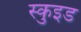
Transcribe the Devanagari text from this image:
स्कुइड